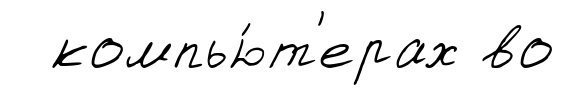
компью́т'ерах во